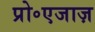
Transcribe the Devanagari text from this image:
प्रो॰एजाज़